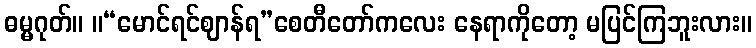
ဓမ္မဂုတ်။ ။“မောင်ရင်ဈာန်ရ”စေတီတော်ကလေး နေရာကိုတော့ မပြင်ကြဘူးလား။